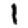
Digit: 1